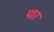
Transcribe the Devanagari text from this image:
पाऱ